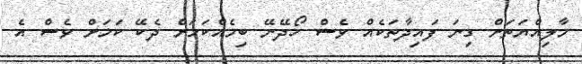
މާލިއްޔަތަށް ގިނަ ފައިދާތަކެއް ވެސް ހޯދޭނޭ ބިމެއްކަމަށް ދެކޭ ކަމަށް ވެސް އެ